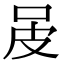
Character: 𤿌